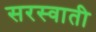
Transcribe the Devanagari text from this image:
सरस्वाती